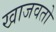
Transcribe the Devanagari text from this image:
खाजवतो